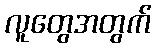
လူတွေအတွက်